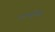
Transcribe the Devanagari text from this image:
इलस्ट्रेटिड